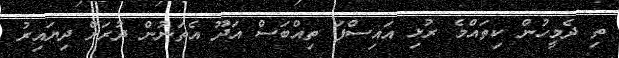
ތި ދެމީހުން ކިތައްމެ ރުޅި އައިސްފަ ތިއްބަސް އަދޫ އެތަނުން ދުރަށް ދިޔައިރު